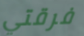
فرقتي